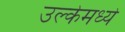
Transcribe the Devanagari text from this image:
उल्केमध्ये